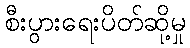
စီးပွားရေးပိတ်ဆို့မှု